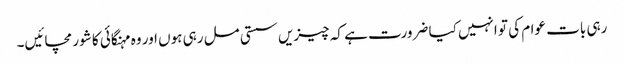
رہی بات عوام کی تو انہیں کیا ضرورت ہے کہ چیزیں سستی مل رہی ہوں اور وہ مہنگائی کا شور مچائیں۔